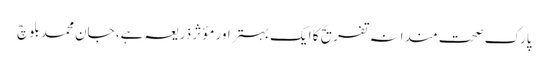
پارک صحت مندانہ تفریح کا ایک بہتر اور مؤثر ذریعہ ہے، جان محمد بلوچ